Lunatic asylums Bombay report 1891-1903 - 1891-1903
Year: 1891
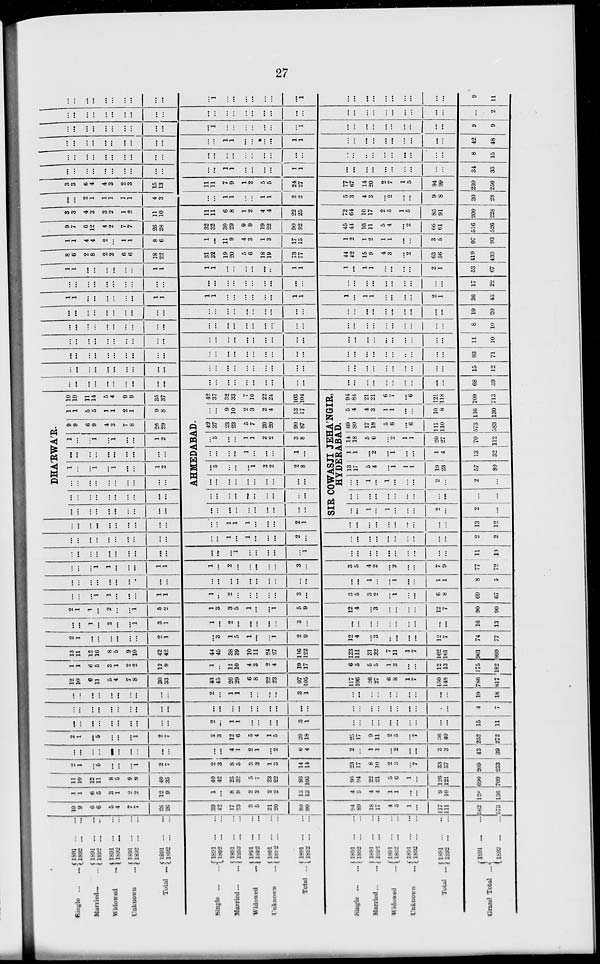
27
Single ... ...
Married ... ...
Widowed ... ...
Unknown ... ...
Total ...
1891... ...
1892... ...
1891... ...
1892... ...
1891... ...
1892... ...
1891... ...
1892... ...
1891... ...
1892... ...
Single
...
...
Married ... ...
Widowed
... ...
Unknown ... ...
Total ...
1891... ...
1892... ...
1891... ...
1892... ...
1891... ...
1892... ...
1891... ...
1892... ...
1891... ...
1892... ...
Single
...
...
Married ... ...
Widowed ... ...
Unknown ... ...
Total ...
Grand Total ...
1891... ...
1892... ...
1891... ...
1892... ...
1891... ...
1892... ...
1891... ...
1892... ...
1891... ...
1892... ...
1891... ...
1892... ...
10
9
6
6
5
4
7
7
28
26
39
42
17
23
3
5
21
20
80
90
94
89
18
17
4
5
1
...
117
111
562
573
1
1
6
5
3
1
2
2
12
9
1
...
8
9
2
2
2
9
13
13
4
5
4
4
1
1
...
...
9
10
128
136
11
10
12
11
8
5
9
9
40
35
40
42
25
32
5
7
23
22
93
103
98
94
22
21
5
6
1
...
126
121
690
709
2
1
...
5
...
...
...
1
9
7
2
3
8
5
3
3
1
3
14
14
23
17
8
10
2
3
...
7
33
37
209
233
...
...
...
...
...
...
...
...
...
...
...
...
4
1
2
1
...
2
6
4
2
...
1
1
...
2
...
...
3
3
43
39
2
1
...
5
...
...
...
1
2
7
2
3
12
6
5
4
1
5
20
18
25
17
9
11
2
5
...
7
36
40
252
272
...
...
...
...
...
...
...
...
...
...
9
...
1
1
...
...
...
...
3
1
...
...
...
...
...
...
...
...
...
...
15
11
...
...
...
...
...
...
...
...
...
...
...
...
...
...
...
...
...
...
...
...
...
...
...
...
...
...
...
...
...
...
4
7
...
...
...
...
...
...
...
...
...
...
2
...
1
1
...
...
...
...
3
1
...
...
...
...
...
...
...
...
...
...
19
18
12
10
6
11
5
4
7
8
30
33
43
45
26
29
6
8
22
23
97
105
117
106
26
27
6
8
1
7
150
148
786
817
1
1
6
5
3
1
2
2
12
9
1
...
12
10
4
3
2
4
19
17
6
5
5
5
1
3
...
...
12
13
175
182
13
11
12
16
8
5
9
10
42
42
44
45
38
39
10
11
24
27
116
122
123
111
31
32
7
11
1
7
162
161
961
999
2
1
...
...
...
...
...
...
2
1
...
3
1
5
1
...
...
1
2
9
12
4
...
3
...
...
...
...
12
7
74
77
...
...
1
...
2
...
...
1
3
1
1
...
2
...
...
...
...
...
3
...
...
...
...
...
...
...
...
...
...
...
16
13
2
1
1
...
2
...
...
...
5
9
1
3
3
5
1
...
...
1
5
9
12
4
...
3
...
...
...
...
12
7
90
90
...
...
...
1
1
...
...
...
1
1
1
...
2
...
...
...
...
...
3
...
3
5
3
2
...
1
...
...
6
8
69
67
...
...
...
...
...
...
...
...
...
...
...
...
...
...
...
...
...
...
...
...
...
...
1
...
...
1
...
...
1
1
8
5
...
...
...
1
1
...
...
...
1
1
1
...
2
...
...
...
...
...
3
3
5
4
2
...
2
...
...
7
9
77
72
...
...
...
...
...
...
...
...
...
...
...
...
...
1
...
...
...
...
1
...
...
...
...
...
...
...
...
...
...
11
10
...
...
...
...
...
...
...
...
...
...
...
...
1
...
1
...
...
...
2
...
...
...
...
...
...
...
...
...
...
...
2
2
...
...
...
...
...
...
...
...
...
...
...
...
1
1
1
...
...
...
2
1
...
...
...
...
...
...
...
...
...
...
13
12
DHA'RWA'R.
...
...
...
...
...
...
...
...
...
...
...
...
...
...
...
...
...
...
...
...
...
...
...
...
...
...
...
...
...
...
1
...
...
1
...
1
...
...
1
2
...
...
...
...
...
...
...
...
...
...
1
...
...
1
...
1
...
...
1
2
9
9
6
9
4
3
7
8
26
29
1
1
5
5
1
1
2
1
9
8
10
10
11
14
5
4
9
9
35
37
AHMEDABAD.
...
...
...
...
...
...
...
...
...
...
...
...
...
...
...
...
...
...
...
...
...
...
...
...
...
...
...
...
5
...
...
...
1
2
2
2
8
...
...
...
...
1
...
...
...
1
...
...
5
...
...
1
1
2
2
3
8
42
37
23
23
5
7
20
20
90
87
...
...
9
10
2
3
2
4
13
17
42
37
32
33
7
10
22
24
103
104
SIR COWASJI JEHA'NGIR,
HYDERABAD.
...
...
1
...
1
...
...
...
2
...
2
...
...
...
...
...
...
...
...
...
...
...
...
...
...
...
1
...
1
...
...
...
2
2
...
13
17
5
4
...
1
1
1
19
23
57
80
1
1
...
2
...
1
...
...
1
4
13
32
14
18
5
6
...
2
1
1
20
27
70
112
89
80
17
18
5
6
...
6
111
110
573
583
5
4
4
3
1
1
...
...
10
8
136
130
94
84
21
21
6
7
...
6
121
118
709
713
...
...
...
...
...
...
...
...
...
...
...
...
...
...
...
...
...
...
...
...
...
...
...
...
...
...
...
...
...
...
68
59
...
...
...
...
...
...
...
...
...
...
...
...
...
...
...
...
...
...
...
...
...
...
...
...
...
...
...
...
...
...
15
12
...
...
...
...
...
...
...
...
...
...
...
...
...
...
...
...
...
...
...
...
...
...
...
...
...
...
...
...
...
...
83
71
...
...
...
...
...
...
...
...
...
...
...
...
...
...
...
...
...
...
...
...
...
...
...
...
....
...
...
...
...
...
11
10
...
....
...
...
...
...
...
...
...
...
...
...
...
...
...
...
...
...
...
...
...
...
...
...
...
...
...
...
...
...
8
10
...
...
...
...
...
...
...
...
...
...
...
...
...
...
...
...
...
...
...
...
...
...
...
...
...
...
...
...
...
...
19
20
1
1
...
...
...
...
...
...
1
1
1
1
...
...
...
...
...
...
1
1
1
...
1
1
...
...
...
...
2
1
36
45
...
...
...
...
...
...
...
...
...
...
...
...
...
...
...
...
...
...
...
...
...
...
...
...
...
...
...
...
...
...
17
22
1
1
...
...
...
...
...
...
1
1
1
1
...
...
...
...
....
..
1
1
1
...
1
1
...
...
...
...
2
1
53
67
8
6
2
8
2
2
6
6
18
22
31
32
19
20
5
6
18
19
73
77
44
42
15
9
4
3
...
2
63
56
419
433
1
1
4
4
2
...
1
1
8
6
1
...
11
9
4
3
1
3
17
15
1
2
1
2
1
1
...
...
3
5
97
93
9
7
6
12
4
2
7
7
26
28
32
32
30
29
9
9
19
22
90
92
45
44
16
11
5
4
...
2
66
61
516
526
3
3
4
3
3
2
1
2
11
10
11
11
6
8
1
2
4
4
22
25
72
64
10
17
2
5
1
5
85
91
209
228
...
...
2
1
1
1
1
1
4
3
...
...
1
1
...
...
1
1
2
2
5
3
4
3
...
2
...
...
9
8
30
28
3
3
6
4
4
3
2
3
15
13
11
11
7
9
1
2
5
5
24
27
77
67
14
20
2
7
1
5
94
99
239
256
...
...
...
...
...
...
...
...
...
...
...
...
1
1
...
...
...
...
1
1
...
...
...
...
...
...
...
...
...
...
34
33
...
...
...
...
...
...
...
...
...
...
...
...
...
...
...
...
...
...
...
...
...
...
...
...
...
...
...
...
...
...
8
15
...
...
...
...
...
...
...
...
...
...
...
...
1
1
...
...
...
...
1
1
...
...
...
...
...
...
...
...
...
...
42
48
...
...
...
...
...
...
...
...
...
...
...
1
...
...
...
...
...
...
...
1
...
...
...
...
...
...
...
...
...
...
9
9
...
...
...
...
...
...
...
...
...
...
...
...
...
...
...
...
...
...
...
...
...
...
...
...
...
...
...
...
...
...
...
2
...
...
...
...
...
...
...
...
...
...
...
1
...
...
...
...
...
...
...
1
...
...
...
...
...
...
...
...
...
...
9
11